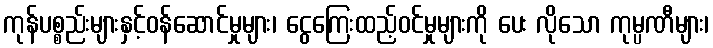
ကုန်ပစ္စည်းများနှင့်ဝန်ဆောင်မှုများ၊ ငွေကြေးထည့်ဝင်မှုများကို ပေး လိုသော ကုမ္ပဏီများ၊